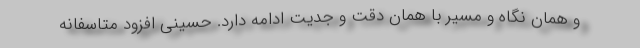
و همان نگاه و مسیر با همان دقت و جدیت ادامه دارد. حسینی افزود متاسفانه